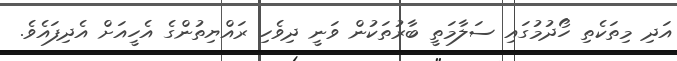
އަދި މިތަކެތި ހޯދުމުގައި ސަލާމަތީ ބާރުތަކުން ވަނީ ދިވެހި ރައްޔިތުންގެ އެހީއަށް އެދިފައެވެ.